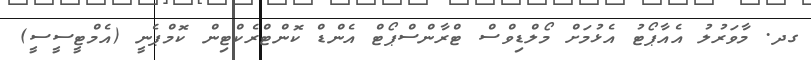
ގދ. މާވަރުލު އެއާޕޯޓު އެޅުމަށް މޯލްޑިވްސް ޓްރާންސްޕޯޓް އެންޑް ކޮންޓްރެކްޓިން ކޮމްޕެނީ (އެމްޓީސީސީ)